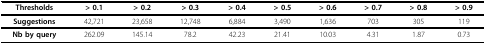
| Thresholds | > 0.1 | > 0.2 | > 0.3 | > 0.4 | > 0.5 | > 0.6 | > 0.7 | > 0.8 | > 0.9 |
 | --- | --- | --- | --- | --- | --- | --- | --- | --- | --- |
 | Suggestions | 42,721 | 23,658 | 12,748 | 6,884 | 3,490 | 1,636 | 703 | 305 | 119 |
 | Nb by query | 262.09 | 145.14 | 78.2 | 42.23 | 21.41 | 10.03 | 4.31 | 1.87 | 0.73 |